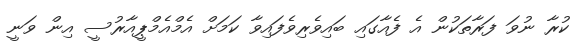
ކުރާ ނުވަ ފަރާތަކުން އެ ފެއާގައި ބައިވެރިވެފައިވާ ކަމަށް އެމްއެމްޕީއާރުސީ އިން ވަނީ